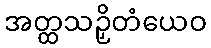
အတ္ထသဉှိတံယေဝ